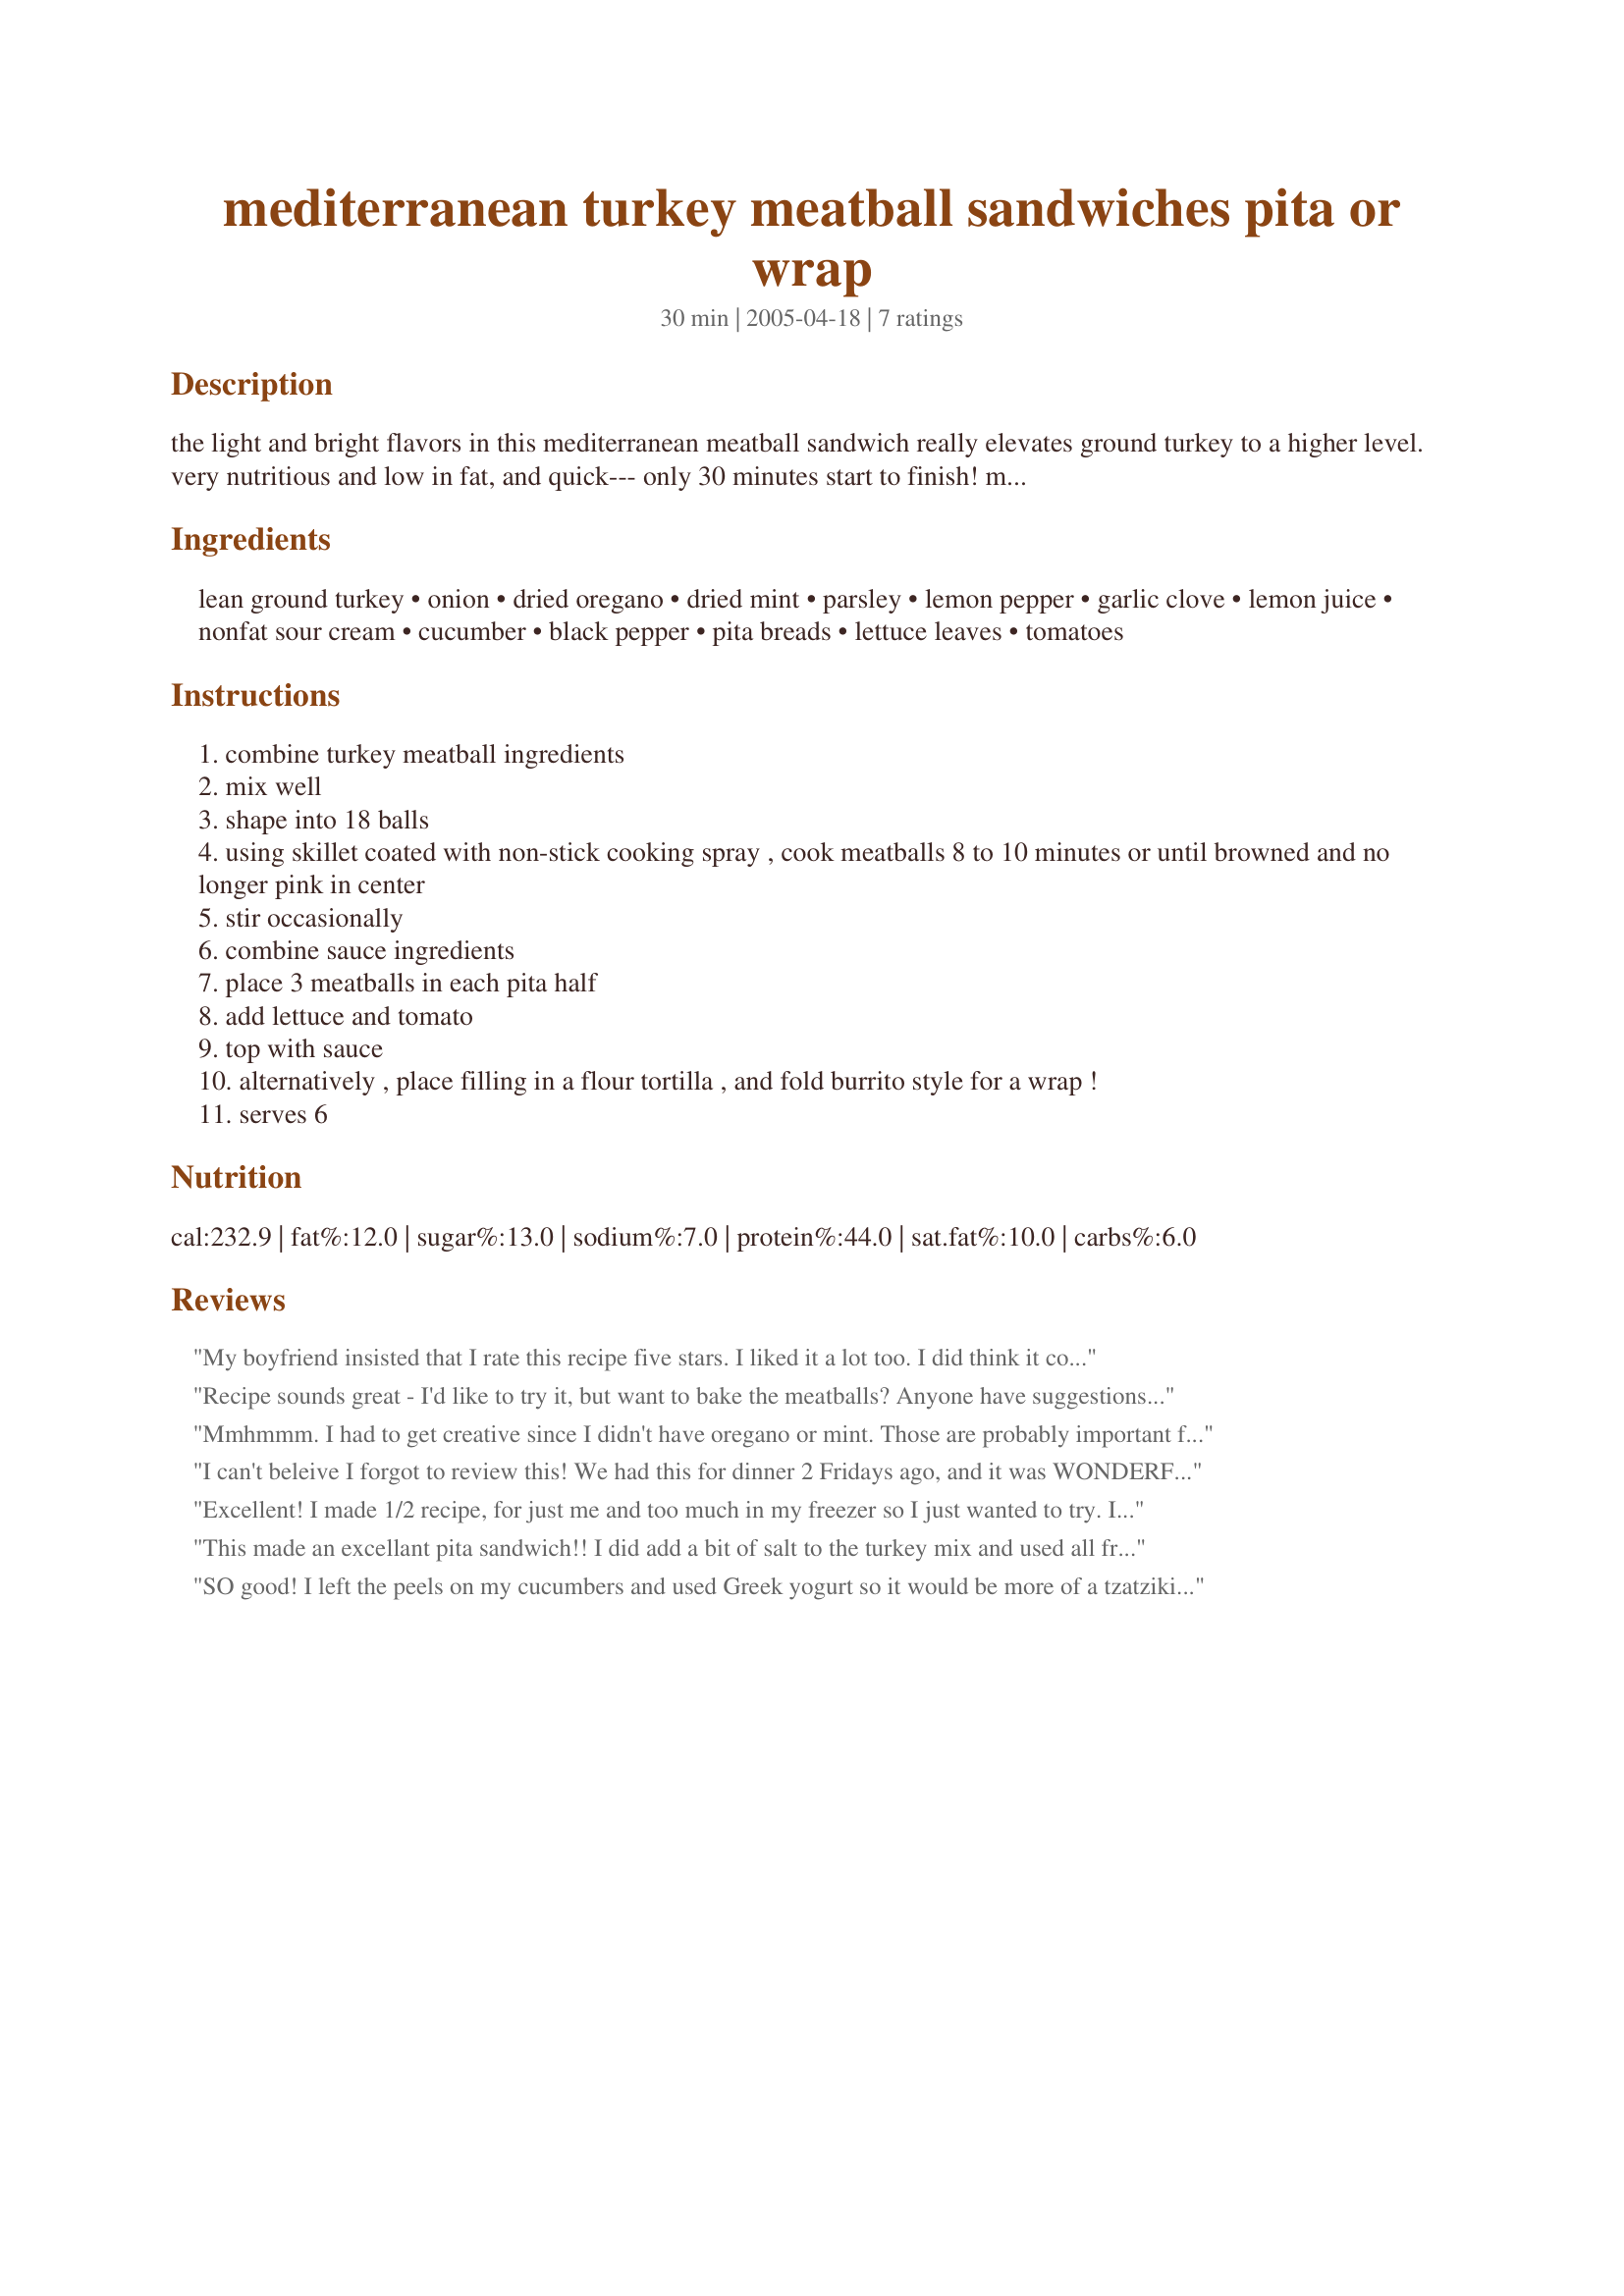
mediterranean turkey meatball sandwiches pita or wrap
Preparation time: 30 minutes

the light and bright flavors in this mediterranean meatball sandwich really elevates ground turkey to a higher level. very nutritious and low in fat, and quick--- only 30 minutes start to finish! makes a tasty and nutritious lunch or light dinner! from the turkey store meats.

Ingredients:
lean ground turkey, onion, dried oregano, dried mint, parsley, lemon pepper, garlic clove, lemon juice, nonfat sour cream, cucumber, black pepper, pita breads, lettuce leaves, tomatoes

Steps:
combine turkey meatball ingredients
mix well
shape into 18 balls
using skillet coated with non-stick cooking spray , cook meatballs 8 to 10 minutes or until browned and no longer pink in center
stir occasionally
combine sauce ingredients
place 3 meatballs in each pita half
add lettuce and tomato
top with sauce
alternatively , place filling in a flour tortilla , and fold burrito style for a wrap !
serves 6

Reviews:
My boyfriend insisted that I rate this recipe five stars. I liked it a lot too. I did think it could use some salt to the meat mixture though. I used all fresh herbs from my garden in place of the dried ones. The only thing I changed was to add a minced clove of garlic to sauce. Thanks, my boyfriend asked if I "would add it to the rotation". LOL.
Recipe sounds great - I'd like to try it, but want to bake the meatballs? Anyone have suggestions for oven temp &amp; timing?
Mmhmmm. I had to get creative since I didn't have oregano or mint. Those are probably important for this recipe, but I added in thyme and turmeric. (The thyme made it taste a bit like sausage, but still good.) The sauce needed some tweaking, I added a clove of raw garlic, about half a tsp of dried dill, and a dash of salt and it was perfect.
I can't beleive I forgot to review this! We had this for dinner 2 Fridays ago, and it was WONDERFUL. I did have to ad lib a bit on some of the spices, I did not have driend mint or lemon pepper. I made the addition of coriander, a tiny tad bit of turmeric & cardamom. We also did add salt. I would think that if you did not have sour cream you could also use yogurt in the sauce, so this recipe seems really versatile. We really enjoyed it and I can't wait to have it again. Thanks so much for posting.
Excellent!

I made 1/2 recipe, for just me and too much in my freezer so I just wanted to try. I still have some for lunch too.

I used fresh parsley, a bit more garlic ... just because I love garlic and reg sour cream. Oh, I had 1/4 red onion in the fridge so I thin sliced and added in, but that certainly didn't change the taste of the meatballs and sauce.

I was happy. No changes. As is would be fine. I highly doubt my fresh parsley and more garlic changed much. It is a great recipe!

I will definitely make again. This would be a fun party night making different meatball sandwiches. Could be fun!

Thank You!
This made an excellant pita sandwich!! I did add a bit of salt to the turkey mix and used all fresh herbs from the garden. We loved the hint of mint!! I used no fat sour cream and added a quarter of a red pepper, chopped, to the sauce. Very easy and quick supper, thanks for posting. We will enjoy them again!!
SO good! I left the peels on my cucumbers and used Greek yogurt so it would be more of a tzatziki sauce. Served it on naan bread with quartered mini heirloom tomatoes. Wonderful meal!
